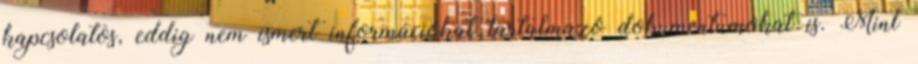
kapcsolatos, eddig nem ismert információkat tartalmazó dokumentumokat is. Mint